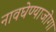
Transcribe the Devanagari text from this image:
नावघेण्याजोगा